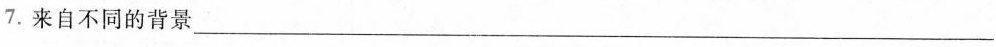
7.来自不同的背景___